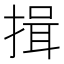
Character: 揖